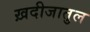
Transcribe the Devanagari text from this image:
ख़दीजातुल